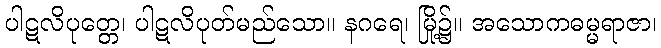
ပါဋလိပုတ္တေ၊ ပါဋလိပုတ်မည်သော။ နဂရေ၊ မြို့၌။ အသောကဓမ္မရာဇာ၊